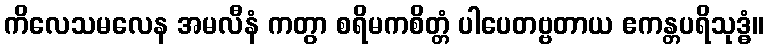
ကိလေသမလေန အမလီနံ ကတွာ စရိမကစိတ္တံ ပါပေတဗ္ဗတာယ ဧကန္တပရိသုဒ္ဓံ။